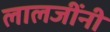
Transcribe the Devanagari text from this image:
लालजींनी